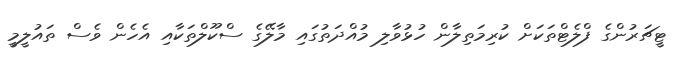
ޓީޗަރުންގެ ފްލެޓްތަކަށް ކުރިމަތިލާން ހުޅުވާލި މުއްދަތުގައި މާލޭގެ ސްކޫލްތަކާއި އެހެން ވެސް ތައުލީމީ